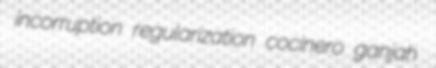
incorruption regularization cocinero ganjah